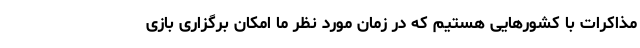
مذاکرات با کشورهایی هستیم که در زمان مورد نظر ما امکان برگزاری بازی